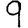
Digit: 9